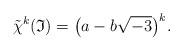
LaTeX: \begin{gather*} \tilde \chi^k (\mathfrak I) = \big(a - b \sqrt{-3}\big)^k.\end{gather*}